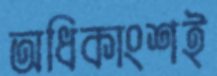
অধিকাংশই